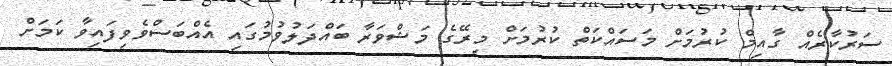
ސަރުކާރެއް ގާއިމް ކުރުމަށް މަސައްކަތް ކުރުމަށް މިރޭގެ މަޝްވަރާ ބައްދަލުވުމުގައި އެއްބަސްވެވިފައިވާ ކަމަށް